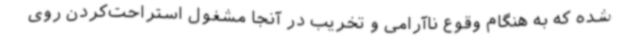
شده که به هنگام وقوع ناآرامی و تخریب در آنجا مشغول استراحت‌کردن روی